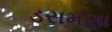
ડરામણા